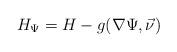
LaTeX: \begin{align*}H_{\Psi} = H - g(\nabla \Psi, \vec\nu)\end{align*}